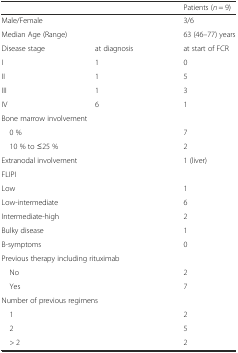
| <COLSPAN=2>  | Patients (n = 9) |
 | --- | --- | --- |
 | <COLSPAN=2> Male/Female | 3/6 |
 | <COLSPAN=2> Median Age (Range) | 63 (46–77) years |
 | Disease stage | at diagnosis | at start of FCR |
 | I | 1 | 0 |
 | II | 1 | 5 |
 | III | 1 | 3 |
 | IV | 6 | 1 |
 | <COLSPAN=2> Bone marrow involvement |  |
 | <COLSPAN=2> 0 % | 7 |
 | <COLSPAN=2> 10 % to ≤25 % | 2 |
 | <COLSPAN=2> Extranodal involvement | 1 (liver) |
 | <COLSPAN=2> FLIPI |  |
 | <COLSPAN=2> Low | 1 |
 | <COLSPAN=2> Low-intermediate | 6 |
 | <COLSPAN=2> Intermediate-high | 2 |
 | <COLSPAN=2> Bulky disease | 1 |
 | <COLSPAN=2> B-symptoms | 0 |
 | <COLSPAN=2> Previous therapy including rituximab |  |
 | <COLSPAN=2> No | 2 |
 | <COLSPAN=2> Yes | 7 |
 | <COLSPAN=2> Number of previous regimens |  |
 | <COLSPAN=2> 1 | 2 |
 | <COLSPAN=2> 2 | 5 |
 | <COLSPAN=2> > 2 | 2 |